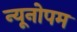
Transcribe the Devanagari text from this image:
न्यूनोपम